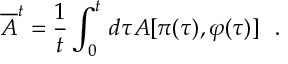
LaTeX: \overline { { { A } } } ^ { t } = \frac { 1 } { t } \int _ { 0 } ^ { t } \, d \tau A [ \pi ( \tau ) , \varphi ( \tau ) ] ~ ~ .